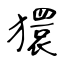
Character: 獧